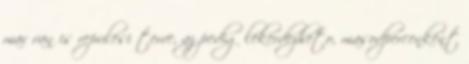
mar van is repulesi terve, az pedig lekerdezheto, masodpercenkent